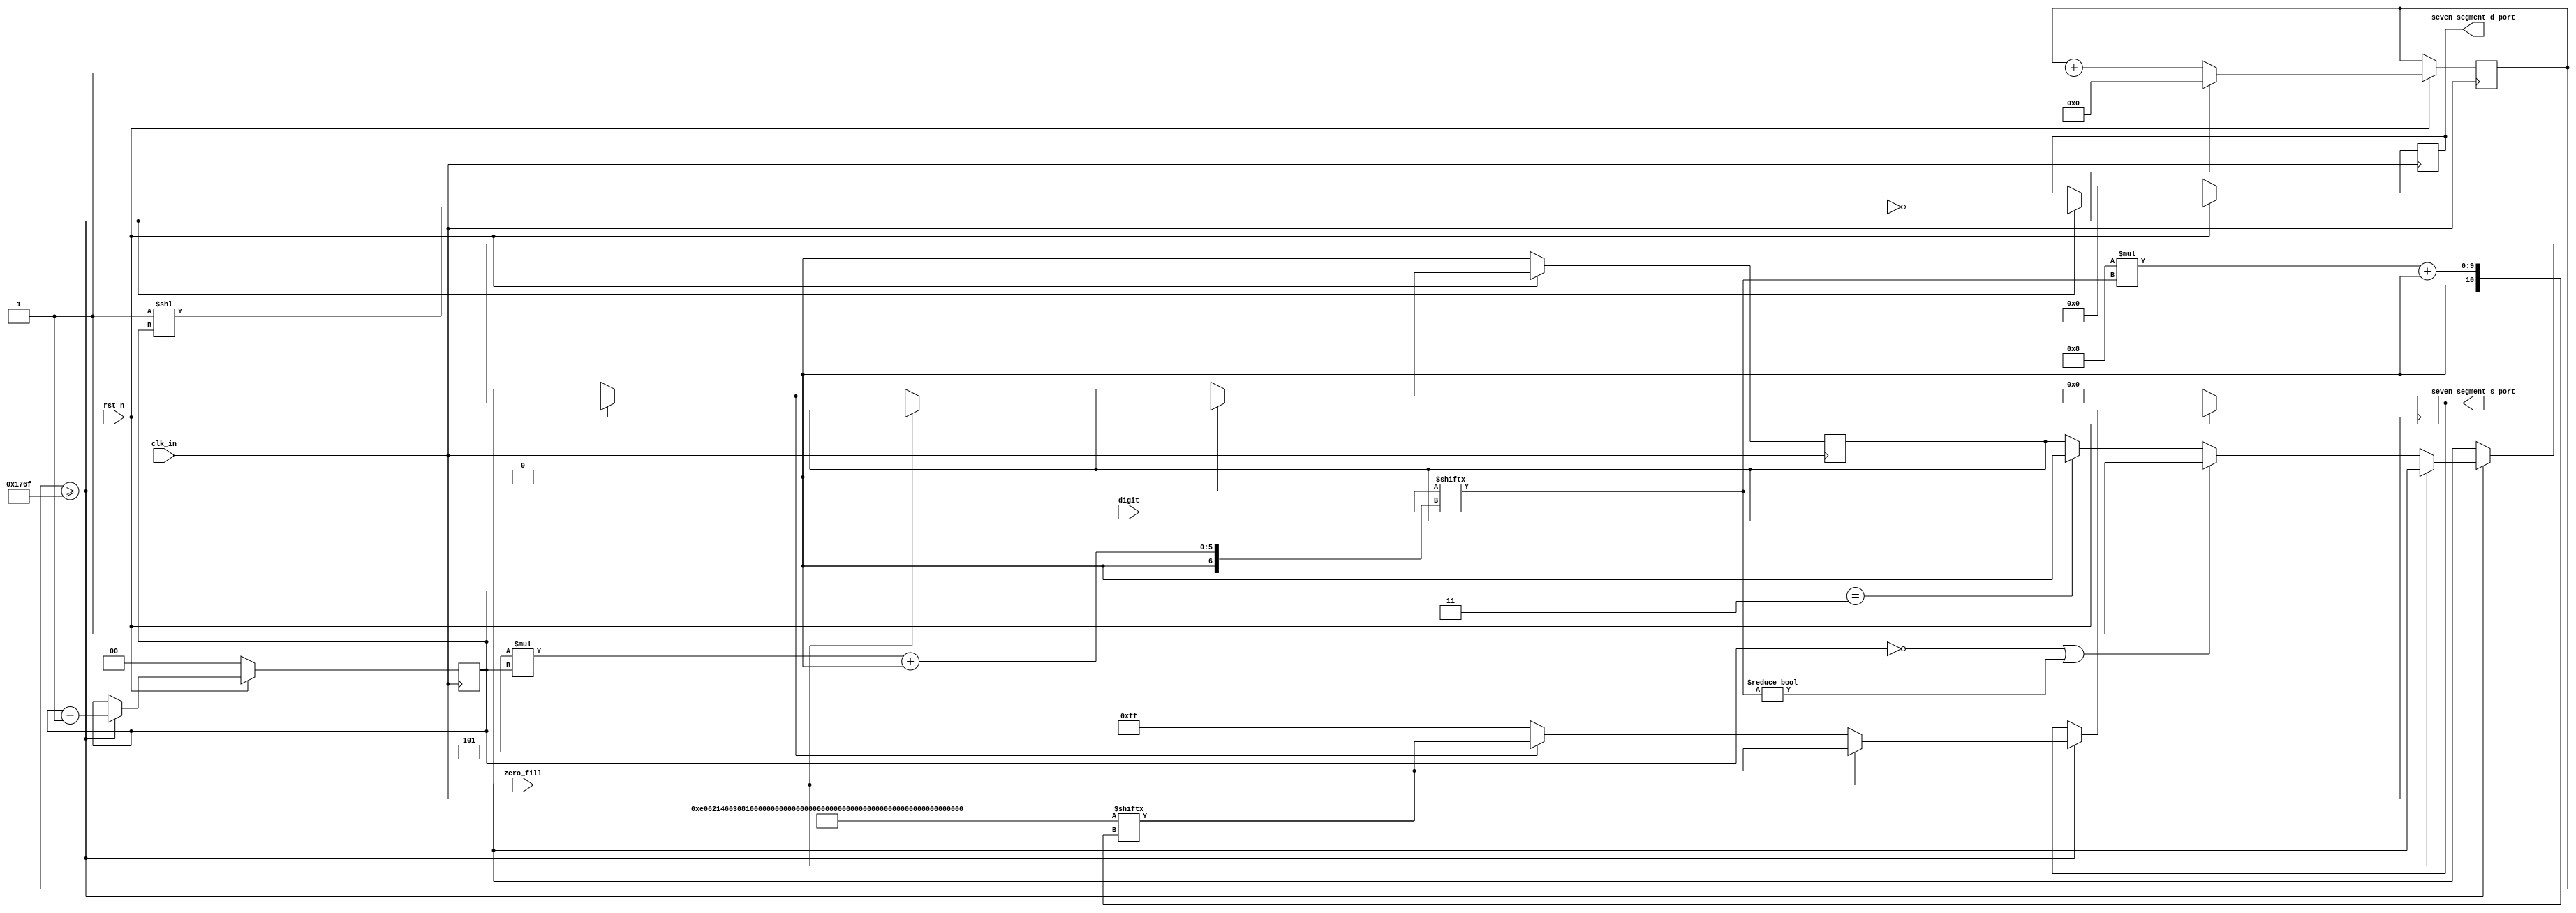
module seven_segment_led_driver
	(
		input wire clk_in,
		input wire rst_n,
		input wire zero_fill,
		input wire [19:0]digit,
		output wire [7:0]seven_segment_s_port,
		output wire [3:0]seven_segment_d_port
	);
	
	parameter [255:0]character_table = {
		8'b00001110,	//F.
		8'b00000110,	//E.
		8'b00100001,	//d.
		8'b01000110,	//C.
		8'b00000011,	//b.
		8'b00001000,	//A.
		8'b00010000,	//9.
		8'b00000000,	//8.
		8'b01111000,	//7.
		8'b00000010,	//6.
		8'b00010010,	//5.
		8'b00011001,	//4.
		8'b00110000,	//3.
		8'b00100100,	//2.
		8'b01111001,	//1.
		8'b01000000,	//0.
		8'b10001110,	//F
		8'b10000110,	//E
		8'b10100001,	//d
		8'b11000110,	//C
		8'b10000011,	//b
		8'b10001000,	//A
		8'b10010000,	//9
		8'b10000000,	//8
		8'b11111000,	//7
		8'b10000010,	//6
		8'b10010010,	//5
		8'b10011001,	//4
		8'b10110000,	//3
		8'b10100100,	//2
		8'b11111001,	//1
		8'b11000000		//0
	};

	parameter total_segments = 8;
	parameter total_digits = 4;
	reg [1:0]current_digit = 0;
	reg display_zero = 0;
	
	reg [7:0]segment_display;
	reg [3:0]digit_display;
	assign seven_segment_s_port = segment_display;
	assign seven_segment_d_port = digit_display;
	
	parameter digit_refresh_time = 16'd6000;
	reg [15:0]digit_refresh_counter;
	

	always @(posedge clk_in) begin
	
		//reset button		
		if ( rst_n == 0 ) begin
			segment_display <= 8'b00000000;
			digit_display <= 4'b0000;
			current_digit <= 2'b00;
			display_zero = 1'b0;
		end
		
		//normal working
		else begin
			
			if ( digit_refresh_counter >= digit_refresh_time - 1 ) begin
				digit_refresh_counter <= 16'b0;
				current_digit <= current_digit - 1'b1;
				
				if ( zero_fill == 1 ) begin
					segment_display <= character_table[ 8 * digit[ 5 * current_digit +: 5 ] +: 8 ];
					digit_display <= ~( 4'b0001 << current_digit );
				end else begin
					if ( current_digit == 2'd0 || digit[ 5 * current_digit +: 5 ] != 5'b0 ) begin
						display_zero = 1'b1;
					end else if ( current_digit == 2'd3 ) begin
						display_zero = 1'b0;
					end
					if ( display_zero ) begin
						segment_display <= character_table[ 8 * digit[ 5 * current_digit +: 5 ] +: 8 ];
					end else begin
						segment_display <= 8'b11111111;
					end
					digit_display <= ~( 4'b0001 << current_digit );
				end
			end
			else begin
				digit_refresh_counter <= digit_refresh_counter + 1'b1;		
			end
			
		end
		
	end

endmodule